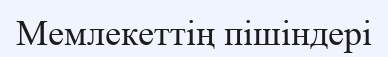
Мемлекеттің пішіндері